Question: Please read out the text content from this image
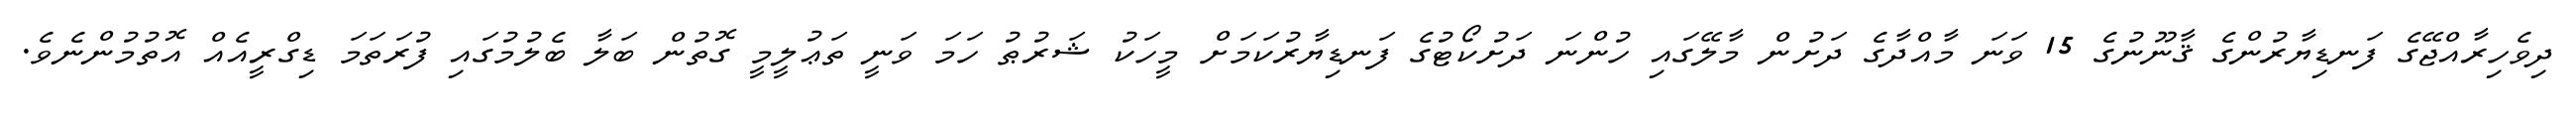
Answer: ދިވެހިރާއްޖޭގެ ފަނޑިޔާރުންގެ ޤާނޫނުގެ 15 ވަނަ މާއްދާގެ ދަށުން މާލޭގައި ހުންނަ ދަށުކޯޓުގެ ފަނޑިޔާރުކަމަށް މީހަކު ޝަރުޠު ހަމަ ވަނީ ތަޢުލީމީ ގޮތުން ބަލާ ބެލުމުގައި ފުރަތަމަ ޑިގްރީއެއް އޮތުމުންނެވެ.